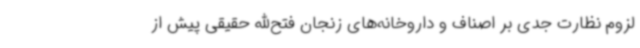
لزوم نظارت جدی بر اصناف و داروخانه‌های زنجان فتح‌الله حقیقی پیش از